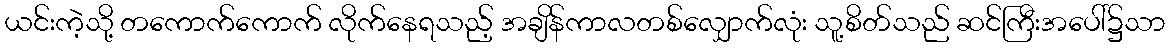
ယင်းကဲ့သို့ တကောက်ကောက် လိုက်နေရသည့် အချိန်ကာလတစ်လျှောက်လုံး သူ့စိတ်သည် ဆင်ကြီးအပေါ်၌သာ